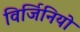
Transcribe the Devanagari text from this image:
विर्जिनियो